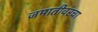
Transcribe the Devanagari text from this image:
जमातीवरचा